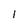
Character: l